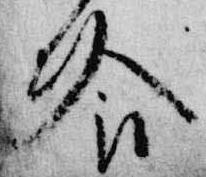
飡